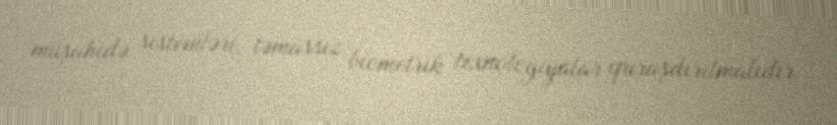
müşahidə sistemləri, təmassız biometrik texnologiyalar quraşdırılmalıdır.